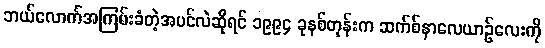
ဘယ်လောက်အကြမ်းခံတဲ့အပင်လဲဆိုရင် ၁၉၉၄ ခုနစ်တုန်းက ဆက်စ်နာလေယာဉ်လေးကို